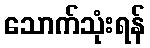
သောက်သုံးရန်